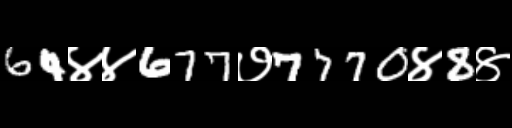
Text: 64४४677७7770४8४